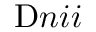
\ensuremath { \mathrm Ḋ n i i Ḍ }